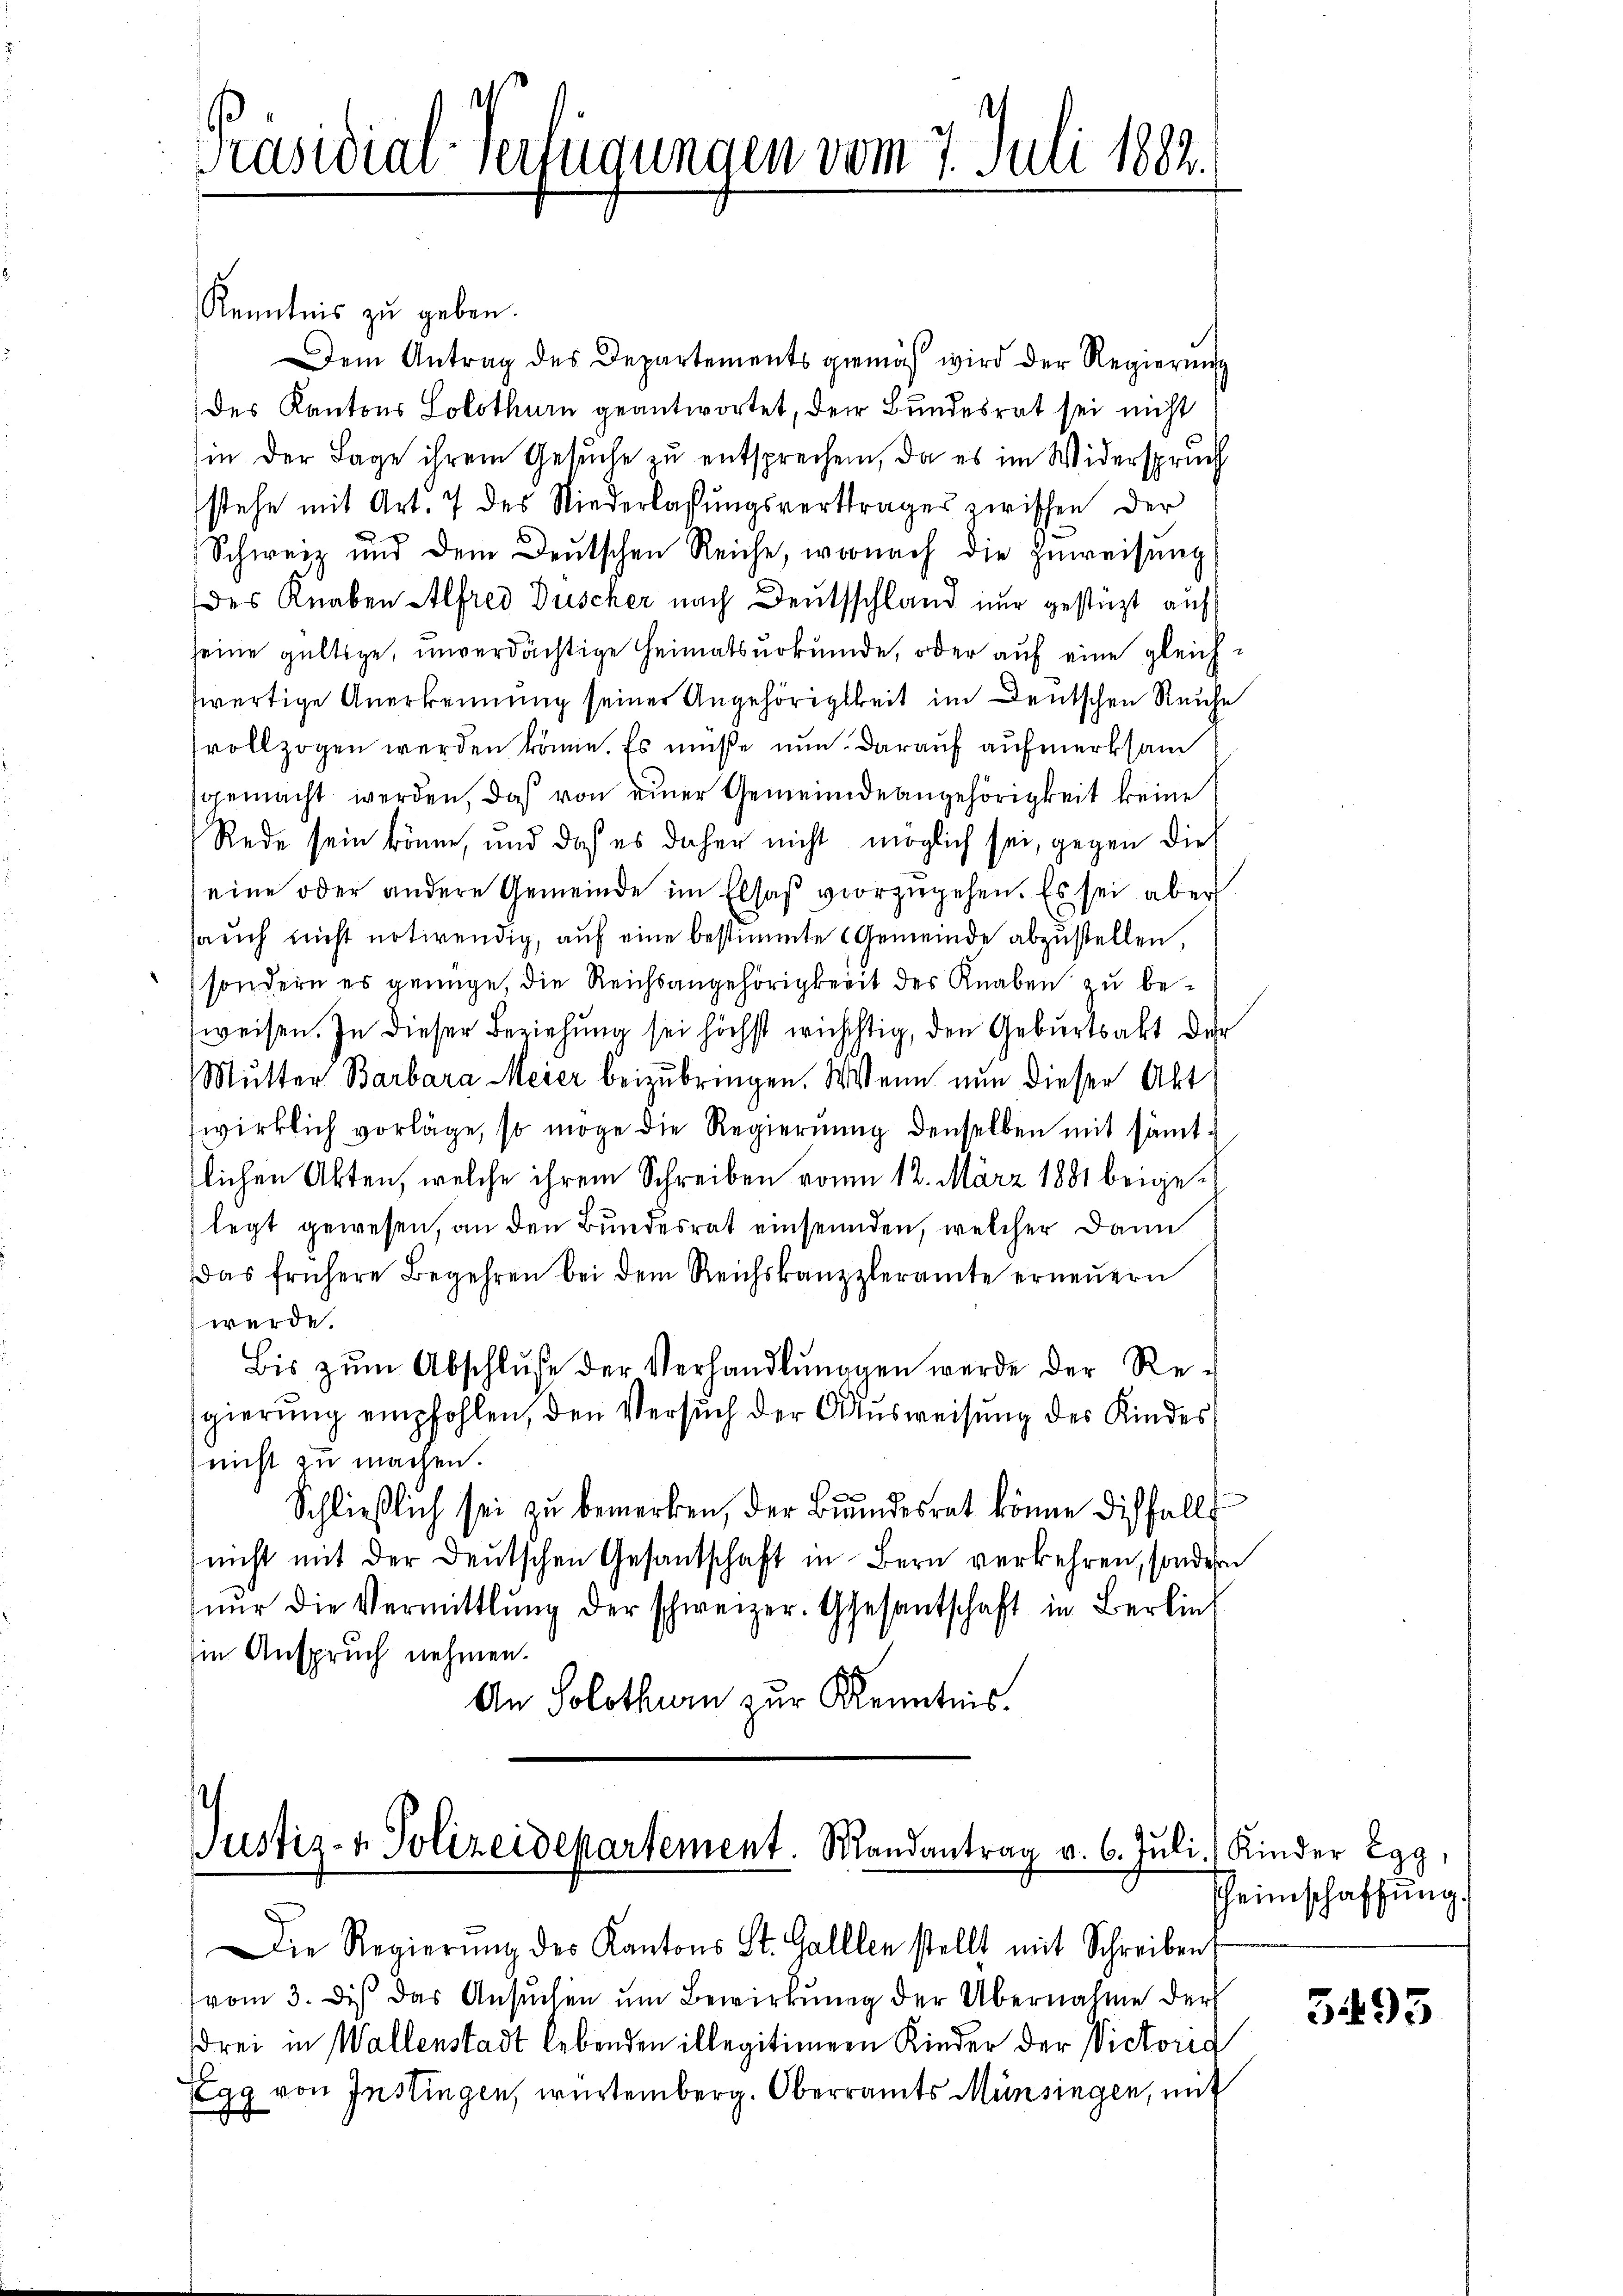
Präsidial-Verfügungen vom 7. Juli 1882.

Kenntnis zu geben.
Dem Antrag des Departements gemäß wird der Regierung
des Kantons Solothum geantwortet, der Bundesrat sei nicht
in der Lage ihrem Gesuche zu entsprechen, da es im Widerspruch
stehe mit Art. 7 des Nieverlassungsvertrages zwischen der
Schweiz und dem Deutschen Reiche, wornach die Zuweisung
des Knaben Alfred Duscher nach Deutschland nur gestüzt auf
seine gültige, unverdächtige Heimatsurkunde, oder auf eine gleichzwärtige Anerkennung seiner Angehörigkeit im Deutschen Reiche
vollzogen werden könne. Es müße nun darauf aufmerksam
gemacht werden, daß von einer Gemeindeangehörigkeit keine
Rede sein könne, und das es daher nicht möglich sei, gegen die
eine oder andere Gemeinde im Elsaß vorzugehen. Es sei aber
sauch nicht notwendig, auf eine bestimmte Gemeinde abzustellen,
sondern es genüge, die Reichsangehörigkeit des Knaben zu beweisen. In dieser Beziehung sei höchst wichtig, den Geburtsakt der
Mutter Barbara Meier beizubringen. Wenn nun dieser Akt
wirklich vorläge, so möge die Regierung denselben mit sämtlichen Akten, welche ihrem Schreiben vom 12. März 1881 beigelegt gewesen, an den Bundesrat einsenden, welcher dann
das frühere Begehren bei dem Reichskanzleramte erneuern
werde.
Bis zŭm Abschlŭsse der Verhandlŭngen werde der Re-
sgierung empfohlen, den Versuch der Ausweisung des Kindes
nicht zu machen.
Schließlich sei zu bemerken, der Bundesrat könne diesfalls
nicht mit der Deutschen Gesandschaft in Bern verkehren, sondern
nŭr die Vermittlung der schweizer. Gesantschaft in Berlin
in Anspruch nehmen.
An Solothurn zur Kenntnis.

2
Justiz- & Polizeidepartement. Mandantrag v. 6. Juli
Die Regierŭng des Kantons St. Galllen stellt mit Schreiben

(vom 3. des das Ansŭchen ŭm Bewirkŭng der Übernahme der
drei in Wallenstadt lebenden illegitimer Kinder der Victoris
Egg von Instingen, würtemberg. Oberramts Münsingen, mit

Kinder Egg,
heimschaffung.

3493